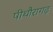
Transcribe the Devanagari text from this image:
पीथौरागढ़